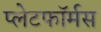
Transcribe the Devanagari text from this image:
प्लेटफॉर्मस